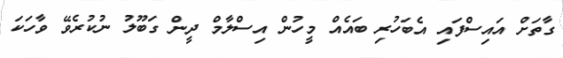
ގާތަށް އައިސްފައި އެބަހުރި ބައެއް މީހުން އިސްލާމް ދީން ގަބޫލު ނުކުރެވޭ ވާހަކަ